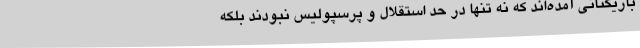
بازیکنانی آمده‌اند که نه تنها در حد استقلال و پرسپولیس نبودند بلکه